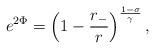
LaTeX: \begin{align*}e^{2\Phi} = \left(1-\frac{r_-}{r}\right)^{\frac{1-\sigma}{\gamma}},\end{align*}